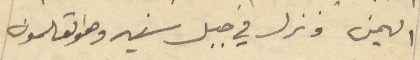
اليمن ونزل في جبل سنير وهو القلمون